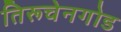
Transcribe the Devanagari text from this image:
तिरूचेनगोड